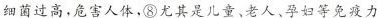
细菌过高，危害人体，⑧尤其是儿童、老人、孕妇等免疫力